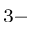
^ { 3 - }